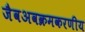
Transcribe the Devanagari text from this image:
जैवअवक्रमकरणीय